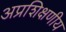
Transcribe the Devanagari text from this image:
अप्रशिक्षणीय